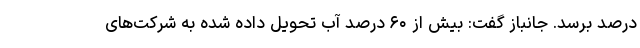
درصد برسد. جانباز گفت: بیش از ۶۰ درصد آب تحویل داده شده به شرکت‌های